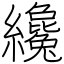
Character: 纔